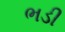
ભડી